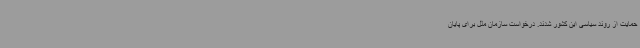
حمایت از روند سیاسی این کشور شدند. درخواست سازمان ملل برای پایان